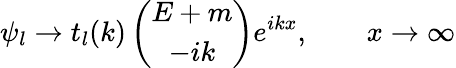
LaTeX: \psi_{l}\to t_{l}(k)\left(\begin{array}{c}{{E+m}}\\ {{-ik}}\end{array}\right)e^{ikx},\qquad x\to\infty